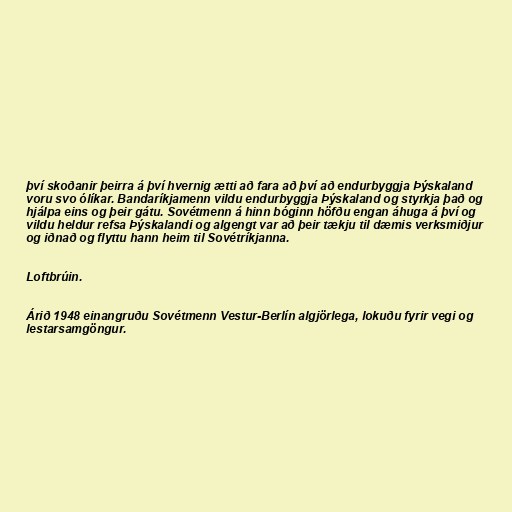
því skoðanir þeirra á því hvernig ætti að fara að því að endurbyggja Þýskaland
voru svo ólíkar. Bandaríkjamenn vildu endurbyggja Þýskaland og styrkja það og
hjálpa eins og þeir gátu. Sovétmenn á hinn bóginn höfðu engan áhuga á því og
vildu heldur refsa Þýskalandi og algengt var að þeir tækju til dæmis verksmiðjur
og iðnað og flyttu hann heim til Sovétríkjanna.

Loftbrúin.

Árið 1948 einangruðu Sovétmenn Vestur-Berlín algjörlega, lokuðu fyrir vegi og
lestarsamgöngur.